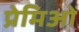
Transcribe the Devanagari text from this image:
प्रेमिओं